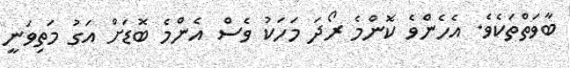
ބާވަތްތަކެވެ. އެހެންވެ ކޮންމެ ރޯދަ މަހަކު ވެސް އެންމެ ބޮޑަށް އަގު މަތިވަނީ